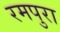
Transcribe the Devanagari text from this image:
रमपुरा